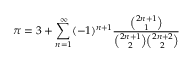
\pi = 3 + \sum _ { n = 1 } ^ { \infty } ( - 1 ) ^ { n + 1 } { \frac { \binom { 2 n + 1 } { 1 } } { { \binom { 2 n + 1 } { 2 } } { \binom { 2 n + 2 } { 2 } } } }